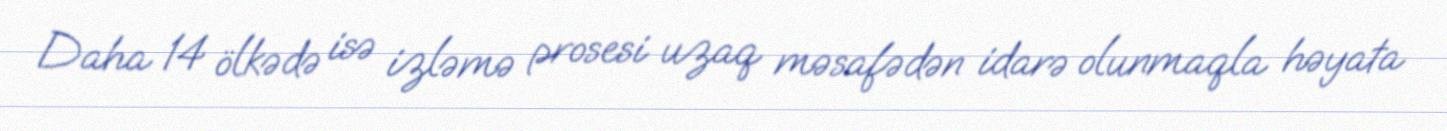
Daha 14 ölkədə isə izləmə prosesi uzaq məsafədən idarə olunmaqla həyata